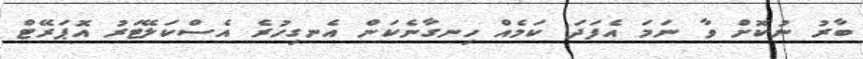
ބާރު ނުކޮށް ވާ ނަމަ އެފަދަ ކަމެއް ހިނގާނެކަން އެނގިހުރެ އެސްކަލޭޓަރު އޮޕަރޭޓް